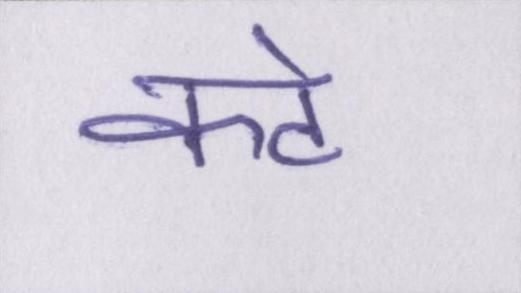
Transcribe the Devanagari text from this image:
कटे